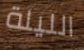
الليلة